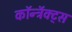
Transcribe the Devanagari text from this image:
कॉन्ट्रॅक्ट्स